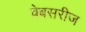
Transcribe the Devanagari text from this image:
वेबसरीज